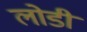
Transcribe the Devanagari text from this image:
लोडी